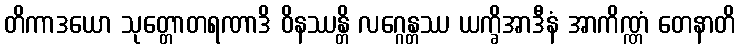
တိကာဒယော သုတ္တောတရဏာဒိ ဝိနဿန္တိ လဂ္ဂေန္တဿ ယက္ခိအာဒီနံ အာကိဏ္ဏံ တေနာတိ